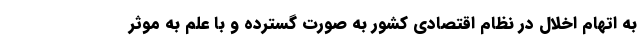
به اتهام اخلال در نظام اقتصادی کشور به صورت گسترده و با علم به موثر